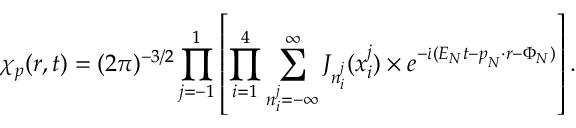
\chi _ { \boldsymbol { p } } ( \boldsymbol { r } , t ) = ( 2 \pi ) ^ { - 3 / 2 } \prod _ { \substack { j = - 1 } } ^ { 1 } \left[ \prod _ { \substack { i = 1 } } ^ { 4 } \sum _ { n _ { i } ^ { j } = - \infty } ^ { \infty } J _ { n _ { i } ^ { j } } ( x _ { i } ^ { j } ) \times e ^ { - \dot { \iota } ( E _ { N } t - \boldsymbol { p } _ { N } \cdot \boldsymbol { r } - { \Phi _ { N } } ) } \right] .